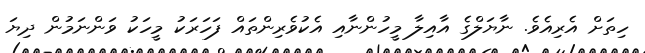
ހިތަށް އެރިއެވެ. ނާޔަލްގެ އާއިލާ މީހުންނާއި އެކުވެރިންތައް ފަހަރަކު މީހަކު ވަންނަމުން ދިޔަ